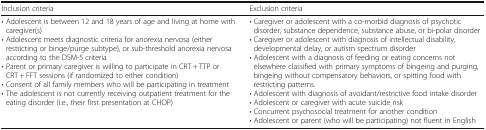
<table><thead><tr><td><b>Inclusion criteria</b></td><td><b>Exclusion criteria</b></td></tr></thead><tbody><tr><td>• Adolescent is between 12 and 18 years of age and living at home with caregiver(s)• Adolescent meets diagnostic criteria for anorexia nervosa (either restricting or binge/purge subtype), or sub-threshold anorexia nervosa according to the DSM-5 criteria• Parent or primary caregiver is willing to participate in CRT + TTP or CRT + FFT sessions (if randomized to either condition)• Consent of all family members who will be participating in treatment• The adolescent is not currently receiving outpatient treatment for the eating disorder (i.e., their first presentation at CHOP)</td><td>• Caregiver or adolescent with a co-morbid diagnosis of psychotic disorder, substance dependence, substance abuse, or bi-polar disorder• Caregiver or adolescent with diagnosis of intellectual disability, developmental delay, or autism spectrum disorder• Adolescent with a diagnosis of feeding or eating concerns not elsewhere classified with primary symptoms of bingeing and purging, bingeing without compensatory behaviors, or spitting food with restricting patterns.• Adolescent with diagnosis of avoidant/restrictive food intake disorder• Adolescent or caregiver with acute suicide risk• Concurrent psychosocial treatment for another condition• Adolescent or parent (who will be participating) not fluent in English</td></tr></tbody></table>